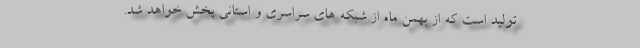
تولید است که از بهمن ماه از شبکه های سراسری و استانی پخش خواهد شد.